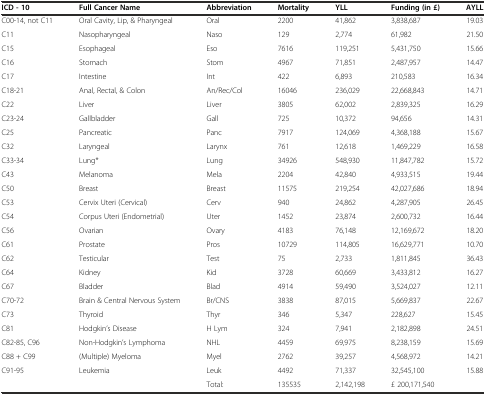
<table><thead><tr><td><b>ICD - 10</b></td><td><b>Full Cancer Name</b></td><td><b>Abbreviation</b></td><td><b>Mortality</b></td><td><b>YLL</b></td><td><b>Funding (in £)</b></td><td><b>AYLL</b></td></tr></thead><tbody><tr><td>C00-14, not C11</td><td>Oral Cavity, Lip, &amp; Pharyngeal</td><td>Oral</td><td>2200</td><td>41,862</td><td>3,838,687</td><td>19.03</td></tr><tr><td>C11</td><td>Nasopharyngeal</td><td>Naso</td><td>129</td><td>2,774</td><td>61,982</td><td>21.50</td></tr><tr><td>C15</td><td>Esophageal</td><td>Eso</td><td>7616</td><td>119,251</td><td>5,431,750</td><td>15.66</td></tr><tr><td>C16</td><td>Stomach</td><td>Stom</td><td>4967</td><td>71,851</td><td>2,487,957</td><td>14.47</td></tr><tr><td>C17</td><td>Intestine</td><td>Int</td><td>422</td><td>6,893</td><td>210,583</td><td>16.34</td></tr><tr><td>C18-21</td><td>Anal, Rectal, &amp; Colon</td><td>An/Rec/Col</td><td>16046</td><td>236,029</td><td>22,668,843</td><td>14.71</td></tr><tr><td>C22</td><td>Liver</td><td>Liver</td><td>3805</td><td>62,002</td><td>2,839,325</td><td>16.29</td></tr><tr><td>C23-24</td><td>Gallbladder</td><td>Gall</td><td>725</td><td>10,372</td><td>94,656</td><td>14.31</td></tr><tr><td>C25</td><td>Pancreatic</td><td>Panc</td><td>7917</td><td>124,069</td><td>4,368,188</td><td>15.67</td></tr><tr><td>C32</td><td>Laryngeal</td><td>Larynx</td><td>761</td><td>12,618</td><td>1,469,229</td><td>16.58</td></tr><tr><td>C33-34</td><td>Lung*</td><td>Lung</td><td>34926</td><td>548,930</td><td>11,847,782</td><td>15.72</td></tr><tr><td>C43</td><td>Melanoma</td><td>Mela</td><td>2204</td><td>42,840</td><td>4,933,515</td><td>19.44</td></tr><tr><td>C50</td><td>Breast</td><td>Breast</td><td>11575</td><td>219,254</td><td>42,027,686</td><td>18.94</td></tr><tr><td>C53</td><td>Cervix Uteri (Cervical)</td><td>Cerv</td><td>940</td><td>24,862</td><td>4,287,905</td><td>26.45</td></tr><tr><td>C54</td><td>Corpus Uteri (Endometrial)</td><td>Uter</td><td>1452</td><td>23,874</td><td>2,600,732</td><td>16.44</td></tr><tr><td>C56</td><td>Ovarian</td><td>Ovary</td><td>4183</td><td>76,148</td><td>12,169,672</td><td>18.20</td></tr><tr><td>C61</td><td>Prostate</td><td>Pros</td><td>10729</td><td>114,805</td><td>16,629,771</td><td>10.70</td></tr><tr><td>C62</td><td>Testicular</td><td>Test</td><td>75</td><td>2,733</td><td>1,811,845</td><td>36.43</td></tr><tr><td>C64</td><td>Kidney</td><td>Kid</td><td>3728</td><td>60,669</td><td>3,433,812</td><td>16.27</td></tr><tr><td>C67</td><td>Bladder</td><td>Blad</td><td>4914</td><td>59,490</td><td>3,524,027</td><td>12.11</td></tr><tr><td>C70-72</td><td>Brain &amp; Central Nervous System</td><td>Br/CNS</td><td>3838</td><td>87,015</td><td>5,669,837</td><td>22.67</td></tr><tr><td>C73</td><td>Thyroid</td><td>Thyr</td><td>346</td><td>5,347</td><td>228,627</td><td>15.45</td></tr><tr><td>C81</td><td>Hodgkin’s Disease</td><td>H Lym</td><td>324</td><td>7,941</td><td>2,182,898</td><td>24.51</td></tr><tr><td>C82-85, C96</td><td>Non-Hodgkin’s Lymphoma</td><td>NHL</td><td>4459</td><td>69,975</td><td>8,238,159</td><td>15.69</td></tr><tr><td>C88 + C99</td><td>(Multiple) Myeloma</td><td>Myel</td><td>2762</td><td>39,257</td><td>4,568,972</td><td>14.21</td></tr><tr><td>C91-95</td><td>Leukemia</td><td>Leuk</td><td>4492</td><td>71,337</td><td>32,545,100</td><td>15.88</td></tr><tr><td></td><td></td><td>Total:</td><td>135535</td><td>2,142,198</td><td>£ 200,171,540</td><td></td></tr></tbody></table>